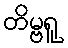
တိမ္ဗရူ